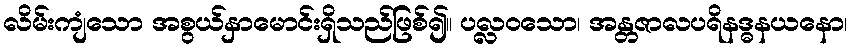
လိမ်းကျံသော အစွယ်နှာမောင်းရှိသည်ဖြစ်၍။ ပလ္လဝသော၊ အန္တဇာလပရိနဒ္ဓနယနော၊